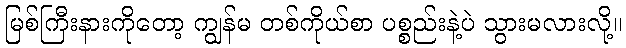
မြစ်ကြီးနားကိုတော့ ကျွန်မ တစ်ကိုယ်စာ ပစ္စည်းနဲ့ပဲ သွားမလားလို့။